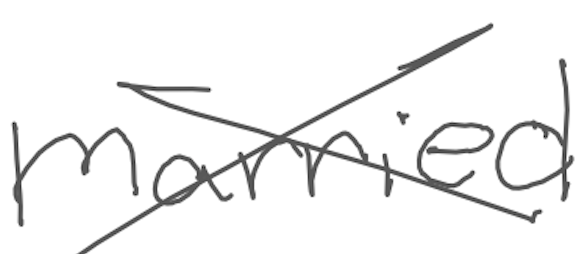
Text: married
Cross-out: mix
Writing tool: digital_gray